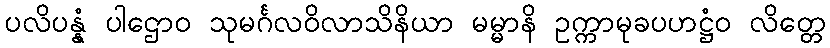
ပလိပန္နံ ပါဌောဝ သုမင်္ဂလဝိလာသိနိယာ မမ္မာနိ ဥက္ကာမုခပဟဋ္ဌံဝ လိတ္တေ